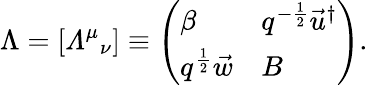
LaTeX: \Lambda=[{{\mit\Lambda}^{\mu}}_{\nu}]\equiv\left(\begin{array}{ll}{{\beta}}&{{q^{-\frac 12}\vec{u}^{\dagger}}}\\ {{q^{\frac 12}\vec{w}}}&{{B}}\end{array}\right).